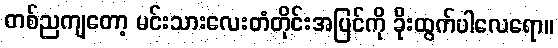
တစ်ညကျတော့ မင်းသားလေးတံတိုင်းအပြင်ကို ခိုးထွက်ပါလေရော။